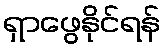
ရှာဖွေနိုင်ရန်